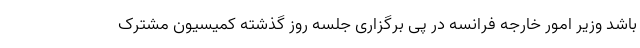
باشد وزیر امور خارجه فرانسه در پی برگزاری جلسه روز گذشته کمیسیون مشترک